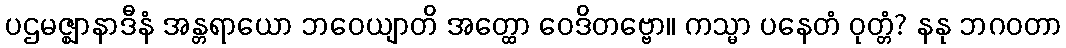
ပဌမဇ္ဈာနာဒီနံ အန္တရာယော ဘဝေယျာတိ အတ္ထော ဝေဒိတဗ္ဗော။ ကသ္မာ ပနေတံ ဝုတ္တံ? နနု ဘဂဝတာ